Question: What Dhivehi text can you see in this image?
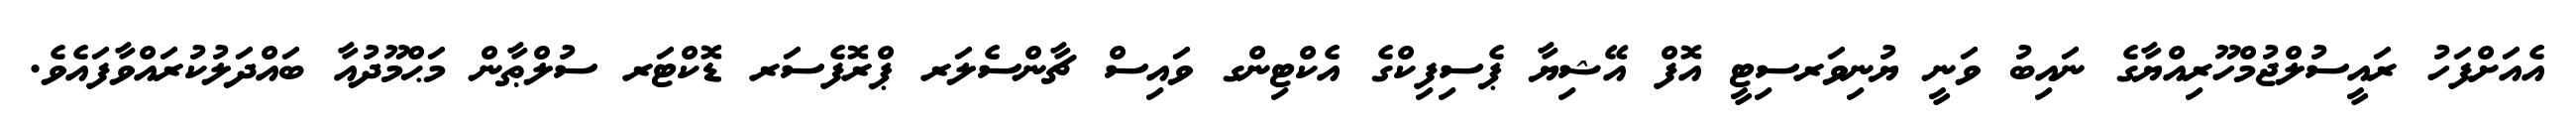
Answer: އެއަށްފަހު ރައީސުލްޖުމްހޫރިއްޔާގެ ނައިބު ވަނީ ޔުނިވަރސިޓީ އޮފް އޭޝިޔާ ޕެސިފިކްގެ އެކްޓިންގ ވައިސް ޗާންސެލަރ ޕްރޮފެސަރ ޑޮކްޓަރ ސުލްޠާން މަޙްމޫދުއާ ބައްދަލުކުރައްވާފައެވެ.